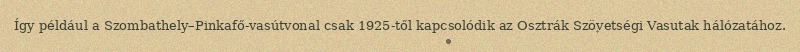
Így például a Szombathely–Pinkafő-vasútvonal csak 1925-től kapcsolódik az Osztrák Szövetségi Vasutak hálózatához.